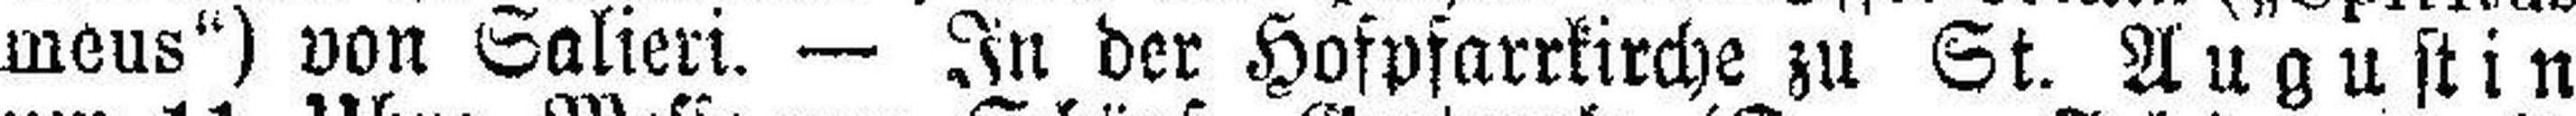
meus") von Salieri. — In der Hofpfarrkirche zu St. Augustin